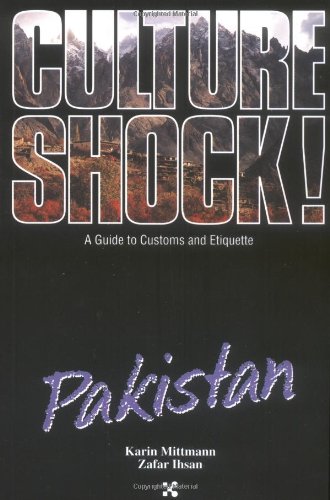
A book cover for Pakistan (Culture Shock! A Survival Guide to Customs & Etiquette); Kevin Mittman; Travel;